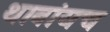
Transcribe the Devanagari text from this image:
थाबांयच